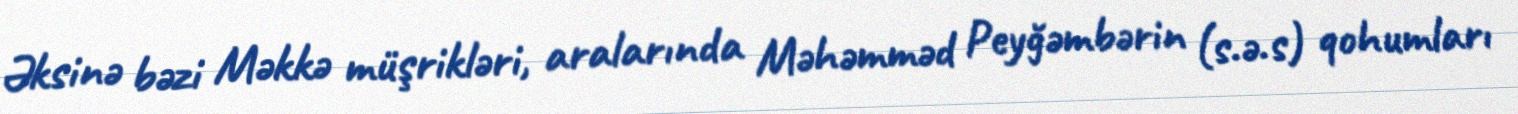
Əksinə bəzi Məkkə müşrikləri, aralarında Məhəmməd Peyğəmbərin (s.ə.s) qohumları